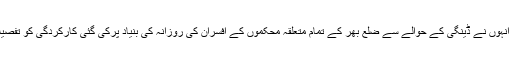
اس موقع پر انہوں نے ڈینگی کے حوالے سے ضلع بھر کے تمام متعلقہ محکموں کے افسران کی روزانہ کی بنیاد پرکی گئی کارکردگی کو تفصیلاً چیک کیا۔